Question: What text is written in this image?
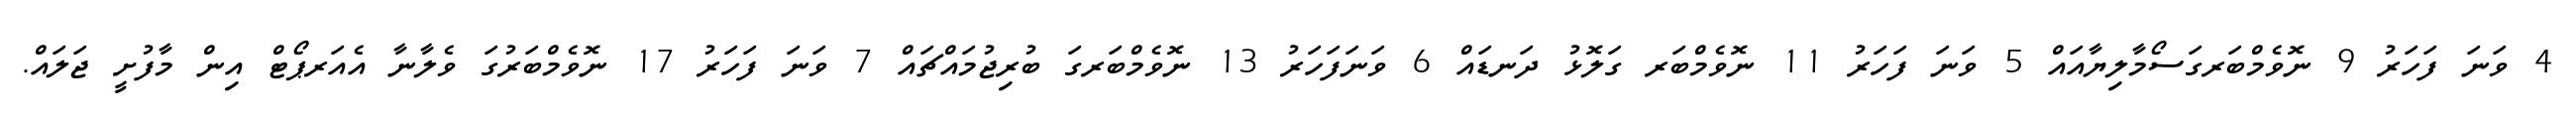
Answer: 4 ވަނަ ފަހަރު 9 ނޮވެމްބަރގަސޯމާލިޔާއައް 5 ވަނަ ފަހަރު 11 ނޮވެމްބަރ ގަލޮޅު ދަނޑައް 6 ވަނަފަހަރު 13 ނޮވެމްބަރގަ ބުރިޖުމައްޗައް 7 ވަނަ ފަހަރު 17 ނޮވެމްބަރުގަ ވެލާނާ އެއަރޕޯޓް އިން މާފުށީ ޖަލައް.